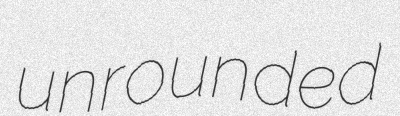
unrounded